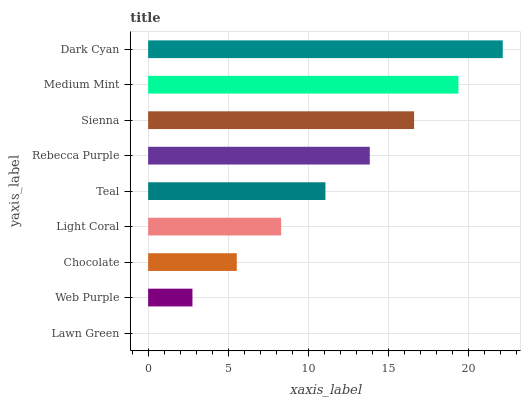
| yaxis_label | bars |
 | --- | --- |
 | Lawn Green | 0 |
 | Web Purple | 2.77 |
 | Chocolate | 5.53 |
 | Light Coral | 8.3 |
 | Teal | 11.1 |
 | Rebecca Purple | 13.8 |
 | Sienna | 16.6 |
 | Medium Mint | 19.4 |
 | Dark Cyan | 22.1 |